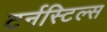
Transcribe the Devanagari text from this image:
टर्नस्टिल्स